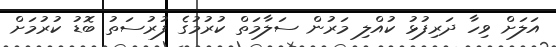
އަލަށް ވިހާ ދަރިފުޅު ކުއްލި މަރުން ސަލާމަތް ކުރުމުގެ ފުރުސަތު ބޮޑު ކުރުމަށް